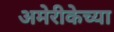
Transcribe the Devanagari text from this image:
अमेरीकेच्या